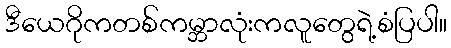
ဒီယေဂိုကတစ်ကမ္ဘာလုံးကလူတွေရဲ့စံပြပါ။